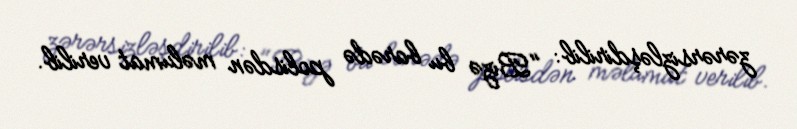
zərərsizləşdirilib: "Bizə bu barədə polisdən məlumat verilib.